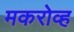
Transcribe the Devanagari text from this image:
मकरोव्ह